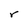
Character: r